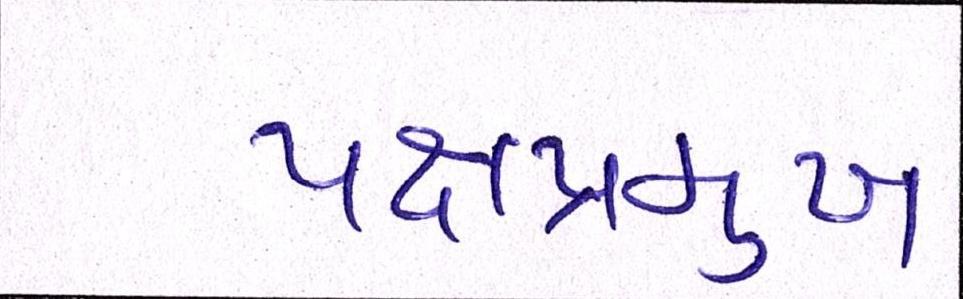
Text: પક્ષપ્રમુખ